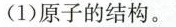
(1)原子的结构。